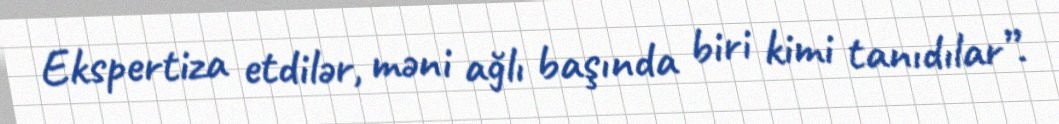
Ekspertiza etdilər, məni ağlı başında biri kimi tanıdılar”.